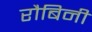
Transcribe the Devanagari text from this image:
रौबिनी